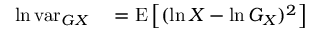
\begin{array} { r l } { \ln \operatorname { v a r } _ { G X } } & { { } = \operatorname { E } \left[ ( \ln X - \ln G _ { X } ) ^ { 2 } \right] } \end{array}